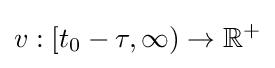
v:[t_{0}-\tau ,\infty )\rightarrow \mathbb {R} ^{+}